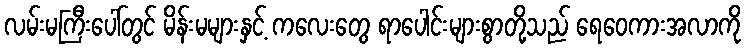
လမ်းမကြီးပေါ်တွင် မိန်းမများနှင့် ကလေးတွေ ရာပေါင်းများစွာတို့သည် ရေဝေကားအလာကို